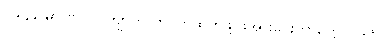
၁၉၄၉ မှာ ဗိုလ်လက်ျာကို တပ်ကထွက်ဖို့ ဖိအားပေးတာတွေ၊ ၁၉၆၂